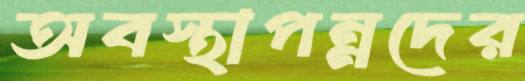
অবস্থাপন্নদের